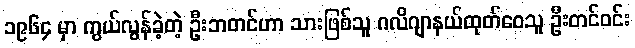
၁၉၆၄ မှာ ကွယ်လွန်ခဲ့တဲ့ ဦးဘတင်ဟာ သားဖြစ်သူ ဂလိဂျာနယ်ထုတ်ဝေသူ ဦးတင်ဝင်း